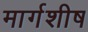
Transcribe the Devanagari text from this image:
मार्गशीष